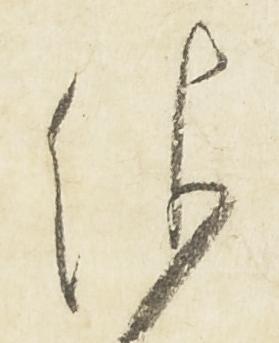
仰